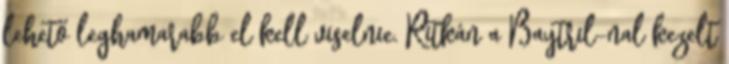
lehető leghamarabb el kell viselnie. Ritkán a Baytril-nal kezelt